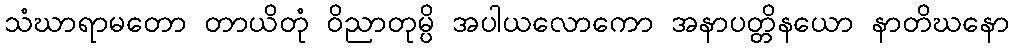
သံဃာရာမတော တာယိတုံ ဝိညာတုမ္ပိ အပါယလောကော အနာပတ္တိနယော နာတိဃနော